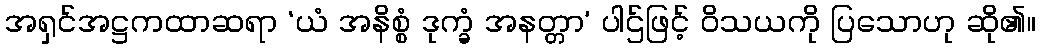
အရှင်အဋ္ဌကထာဆရာ ‘ယံ အနိစ္စံ ဒုက္ခံ အနတ္တာ’ ပါဌ်ဖြင့် ဝိသယကို ပြသောဟု ဆို၏။